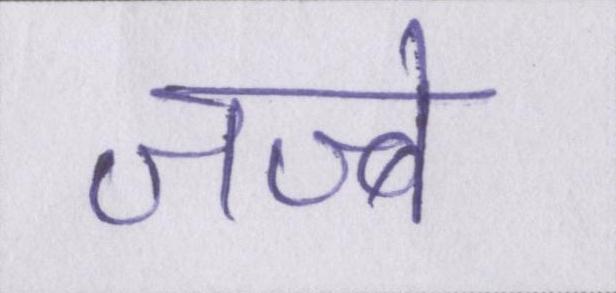
जज्बे